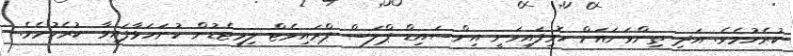
ކުރެހުމެވެ. އަދި ތިންވަނައަށް ހޮވިފައިވަނީ އިންސައިޑް ޕްލަސް ޕްރައިވެޓް ލިމިޓެޑުން ހުށަހަޅާފައިވާ ކުރެހުމެވެ.